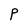
Character: P